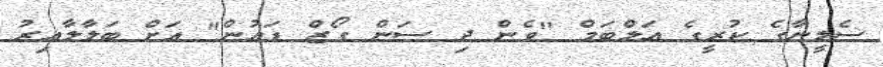
ސެލީނާގެ ކުރީގެ އަލްބަމް "ވެން ދި ސަން ގޯޒް ޑައުން" އަށް ބަލާލާއިރު